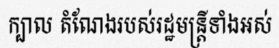
ក្បាល តំណែងរបស់រដ្ឋមន្ត្រីទាំងអស់